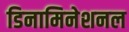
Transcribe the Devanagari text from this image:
डिनामिनेशनल